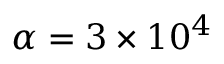
\alpha = 3 \times 1 0 ^ { 4 }